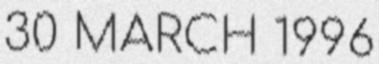
30 MARCH 1996